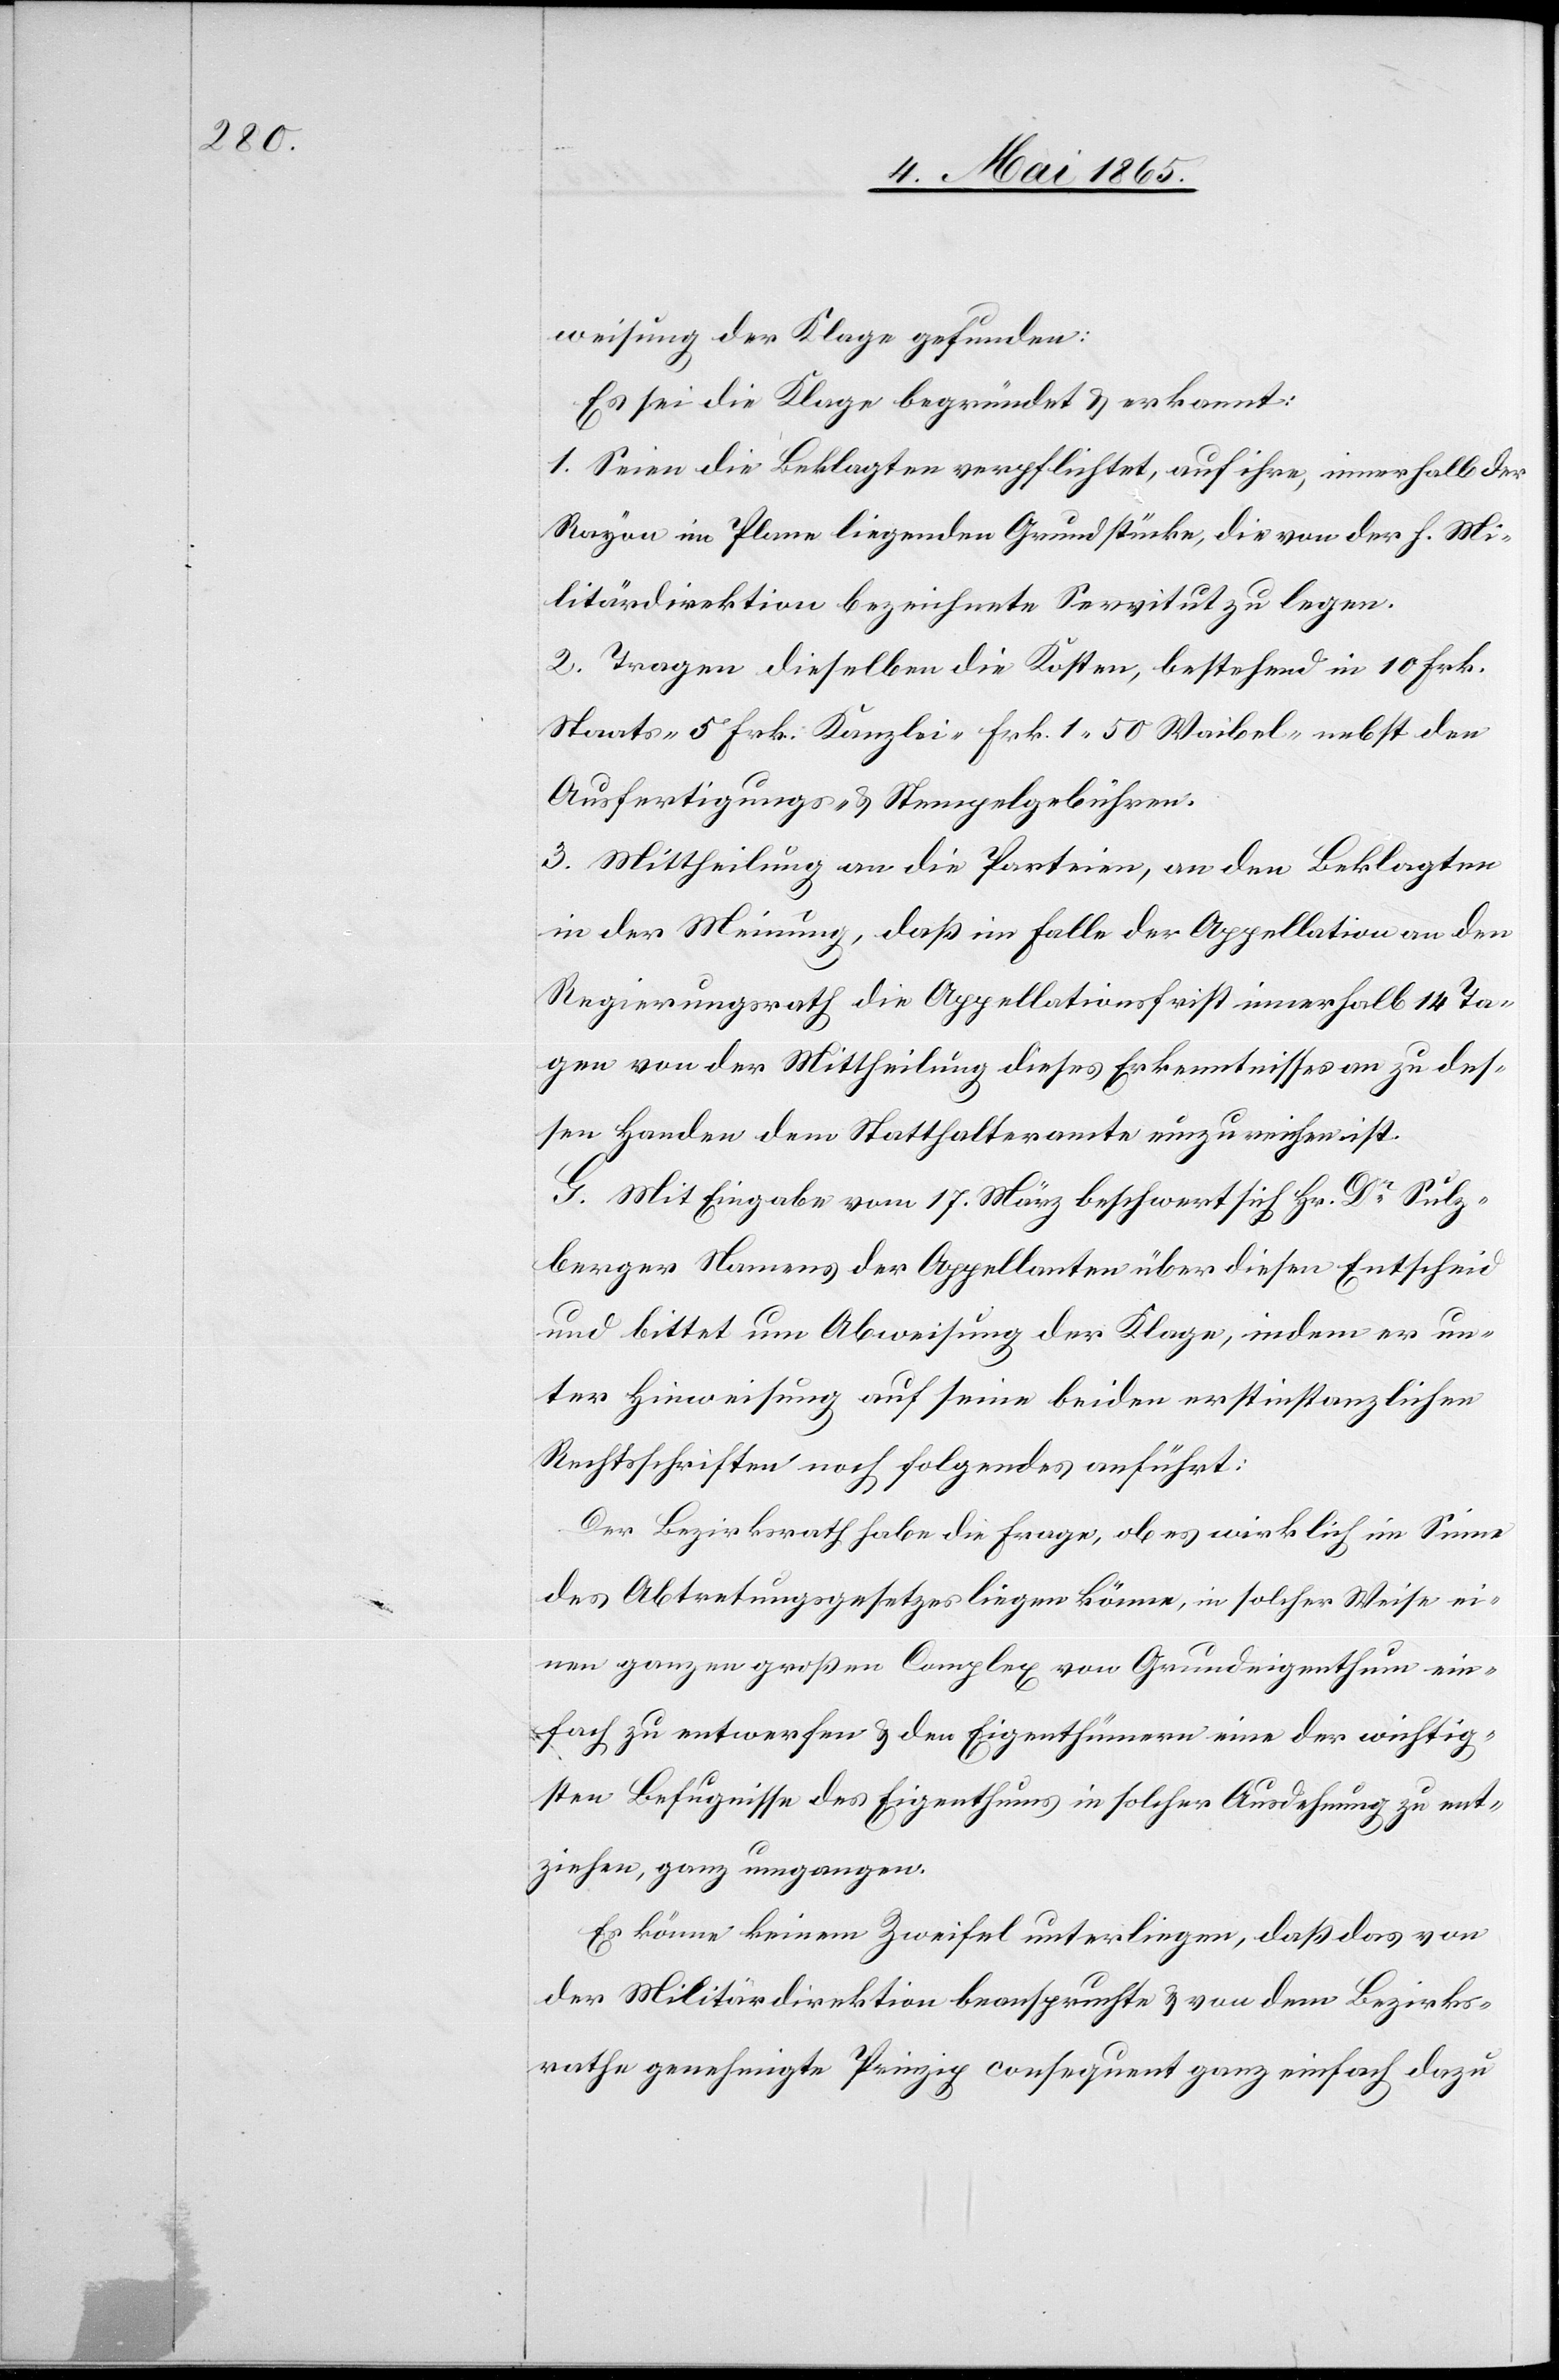
weisung der Klage gefunden:
Es sei die Klage begründet & erkannt:
1. Seien die Beklagten verpflichtet, auf ihre, innerhalb der
Rayon im Plane liegenden Grundstücke, die von der h. Mi¬
litärdirektion bezeichnete Servitut zu legen.
2. Tragen dieselben die Kosten, bestehend in 10 Frk.
Staats-[,] 5 Frk. Kanzlei-[,] Frk. 1 50 Waibel- nebst den
Ausfertigungs- & Stempelgebühren.
3. Mittheilung an die Parteien, an den Beklagten
in der Meinung, daß im Falle der Appellation an den
Regierungsrath die Appellationsfrist innerhalb 14 Ta¬
gen von der Mittheilung dieses Erkenntnisses an zu des¬
sen Handen dem Statthalteramte einzureichen ist.
G. Mit Eingabe vom 17. März beschwert sich Hr. Dr Sulz¬
berger Namens der Appellanten über diesen Entscheid
und bittet um Abweisung der Klage, indem er un¬
ter Hinweisung auf seine beiden erstinstanzlichen
Rechtsschriften noch folgendes anführt:
Der Bezirksrath habe die Frage, ob es wirklich im Sinne
des Abtretungsgesetzes liegen könne, in solcher Weise ei¬
nen ganzen großen Complex von Grundeigenthum ein¬
fach zu entwerfen & den Eigenthümern eine der wichtig¬
sten Befugnisse des Eigenthums in solcher Ausdehnung zu ent¬
ziehen, ganz umgangen.
Es könne keinem Zweifel unterliegen, daß das von
der Militärdirektion beanspruchte & von dem Bezirks¬
rathe genehmigte Prinzip consequent ganz einfach dazu